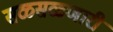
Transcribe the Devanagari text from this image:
सळसळणारी